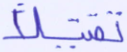
تقتيلا